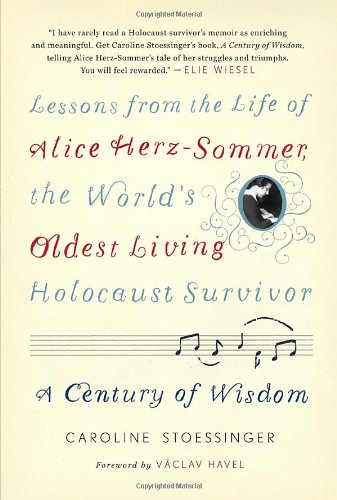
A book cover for A Century of Wisdom: Lessons from the Life of Alice Herz-Sommer, the World's Oldest Living Holocaust Survivor; Caroline Stoessinger; Biographies & Memoirs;